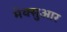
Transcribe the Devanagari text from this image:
मेक्सुआर